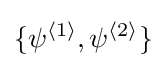
\{\psi ^{\langle 1\rangle },\psi ^{\langle 2\rangle }\}